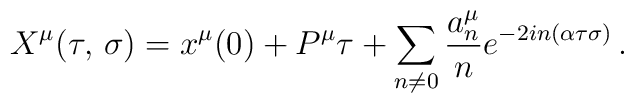
X^ {\mu} (\tau,\, \sigma) = x^{\mu} (0) + P^{\mu} \tau + \sum_ {n \ne 0}\frac {a_n^ {\mu}} {n} e^ {-2 i n (\alpha\tau \sigma)} \,.